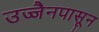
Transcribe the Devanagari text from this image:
उज्जैनपासून